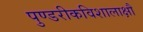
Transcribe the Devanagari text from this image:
पुण्डरीकविशालाक्षौ